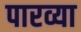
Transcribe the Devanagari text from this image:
पारव्या